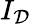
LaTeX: I_{\mathcal{D}}